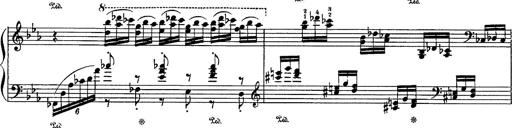
Title: Fantaisie sur des motifs favoris de l'opÃ©ra 'La sonnambula'
Composer: Franz Liszt